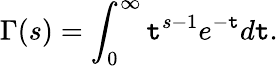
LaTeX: \Gamma(s)=\int_{0}^{\infty}\mathtt{t}^{s-1}e^{-\mathtt{t}}d\mathtt{t}.